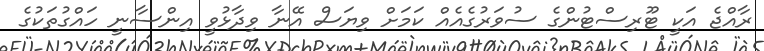
ރާއްޖެ އަކީ ޓޫރިސްޓުންގެ ސުވަރުގެއެއް ކަމަށް ވިޔަސް އޭނާ ވިދާޅުވީ އިންސާނީ ހައްގުތަކުގެ